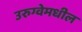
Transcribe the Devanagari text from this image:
उरुग्वेमधील